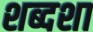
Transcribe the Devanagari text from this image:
शब्दशा